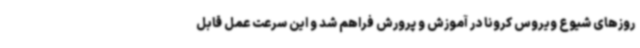
روزهای شیوع ویروس کرونا در آموزش و پرورش فراهم شد و این سرعت عمل قابل